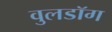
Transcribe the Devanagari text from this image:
वुलडॉग